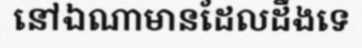
នៅឯណាមានដែលដឹងទេ